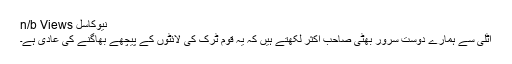
نیوکاسل n/b Views
اٹلی سے ہمارے دوست سرور بھٹی صاحب اکثر لکھتے ہیں کہ یہ قوم ٹرک کی لائٹوں کے پیچھے بھاگنے کی عادی ہے۔